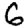
Digit: 6